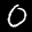
Label: 0